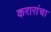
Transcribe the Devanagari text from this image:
करारांचा